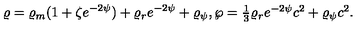
\varrho = \varrho _ { m } ( 1 + \zeta e ^ { - 2 \psi } ) + \varrho _ { r } e ^ { - 2 \psi } + \varrho _ { \psi } , \wp = \textstyle { \frac { 1 } { 3 } } \varrho _ { r } e ^ { - 2 \psi } c ^ { 2 } + \varrho _ { \psi } c ^ { 2 } .